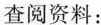
查阅资料：